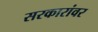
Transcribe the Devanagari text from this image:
सरकारांवर